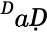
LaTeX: ^ḊaḌ